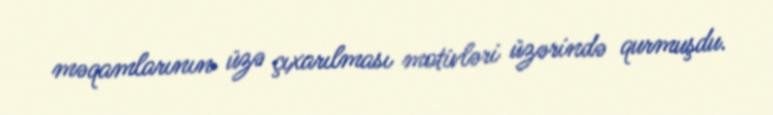
məqamlarının üzə çıxarılması motivləri üzərində qurmuşdu.